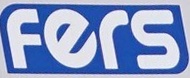
fers